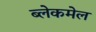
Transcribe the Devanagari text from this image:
ब्लेकमेल